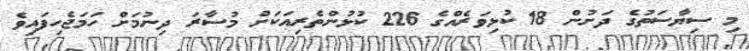
މި ސިޔާސަތުގެ ދަށުން 18 ކުޅިވަރެއްގެ 226 ކުޅުންތެރިއަކަށް މުސާރަ ދިނުމަށް ހަމަޖެހިފައިވެ